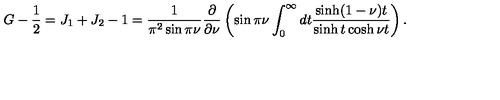
G - { \frac { 1 } { 2 } } = J _ { 1 } + J _ { 2 } - 1 = \frac { 1 } { \pi ^ { 2 } \sin \pi \nu } \frac { \partial } { \partial \nu } \left( \sin \pi \nu \int _ { 0 } ^ { \infty } d t \frac { \sinh ( 1 - \nu ) t } { \sinh t \cosh \nu t } \right) .